Structure of Hæmatopota pluvialis (Meigen) - Number 55
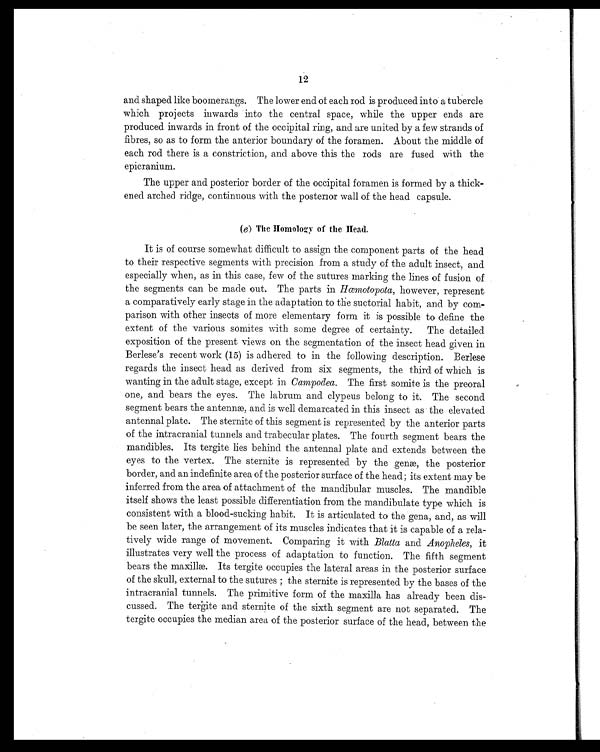
12
and shaped like boomerangs. The lower end of each rod is produced into a tubercle
which projects inwards into the central space, while the upper ends are
produced inwards in front of the occipital ring, and are united by a few strands of
fibres, so as to form the anterior boundary of the foramen. About the middle of
each rod there is a constriction, and above this the rods are fused with the
epicranium.
The upper and posterior border of the occipital foramen is formed by a thick-
ened arched ridge, continuous with the posterior wall of the head capsule.
( e) The Homology of the Head.
It is of course somewhat difficult to assign the component parts of the head
to their respective segments with precision from a study of the adult insect, and
especially when, as in this case, few of the sutures marking the lines of fusion of
the segments can be made out. The parts in Hœmotopota, however, represent
a comparatively early stage in the adaptation to the suctorial habit, and by com-
parison with other insects of more elementary form it is possible to define the
extent of the various somites with some degree of certainty. The detailed
exposition of the present views on the segmentation of the insect head given in
Berlese's recent work (15) is adhered to in the following description. Berlese
regards the insect head as derived from six segments, the third of which is
wanting in the adult stage, except in Campodea. The first somite is the preoral
one, and bears the eyes. The labrum and clypeus belong to it. The second
segment bears the antennæ, and is well demarcated in this insect as the elevated
antennal plate. The sternite of this segment is represented by the anterior parts
of the intracranial tunnels and trabecular plates. The fourth segment bears the
mandibles. Its tergite lies behind the antennal plate and extends between the
eyes to the vertex. The sternite is represented by the genæ, the posterior
border, and an indefinite area of the posterior surface of the head; its extent may be
inferred from the area of attachment of the mandibular muscles. The mandible
itself shows the least possible differentiation from the mandibulate type which is
consistent with a blood-sucking habit. It is articulated to the gena, and, as will
be seen later, the arrangement of its muscles indicates that it is capable of a rela-
tively wide range of movement. Comparing it with Blatta and Anopheles, it
illustrates very well the process of adaptation to function. The fifth segment
bears the maxillæ. Its tergite occupies the lateral areas in the posterior surface
of the skull, external to the sutures ; the sternite is represented by the bases of the
intracranial tunnels. The primitive form of the maxilla has already been dis-
cussed. The tergite and sternite of the sixth segment are not separated. The
tergite occupies the median area of the posterior surface of the head, between the